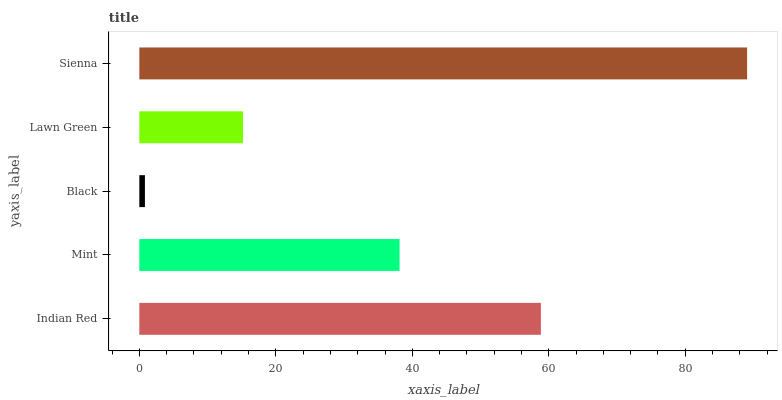
| yaxis_label | bars |
 | --- | --- |
 | Indian Red | 58.8 |
 | Mint | 38.1 |
 | Black | 0.819 |
 | Lawn Green | 15.2 |
 | Sienna | 89.1 |